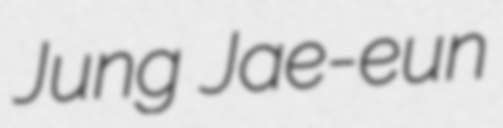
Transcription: Jung Jae-eun